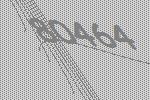
80464